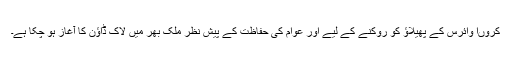
کروںا وائرس کے پھیلاؤ کو روکنے کے لیے اور عوام کی حفاظت کے پیش نظر ملک بھر میں لاک ڈاؤن کا آغاز ہو چکا ہے۔